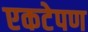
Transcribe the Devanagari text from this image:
एकटेपण